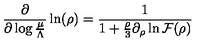
\frac { \partial } { \partial \log \frac { \mu } { \Lambda } } \ln ( \rho ) = \frac { 1 } { 1 + \frac { \rho } { 3 } \partial _ { \rho } \ln { \cal F } ( \rho ) }